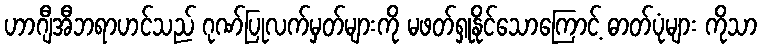
ဟာဂျီအီဘရာဟင်သည် ဂုဏ်ပြုလက်မှတ်များကို မဖတ်ရှုနိုင်သောကြောင့် ဓာတ်ပုံများ ကိုသာ